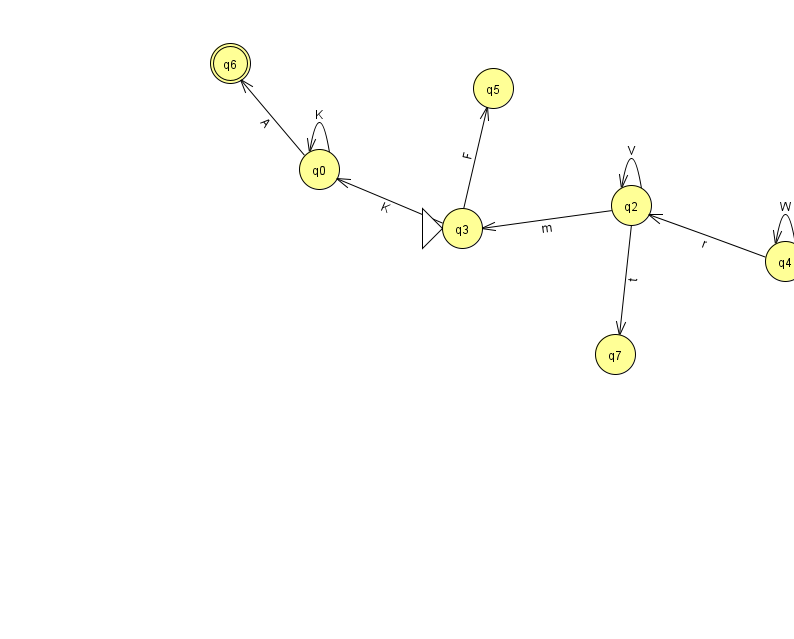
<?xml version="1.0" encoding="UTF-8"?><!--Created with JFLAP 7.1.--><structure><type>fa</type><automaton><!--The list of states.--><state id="0" name="q0"><x>319.0</x><y>156.0</y></state><state id="1" name="q1"><x>911.0</x><y>195.0</y></state><state id="2" name="q2"><x>631.0</x><y>192.0</y></state><state id="3" name="q3"><x>462.0</x><y>215.0</y><initial/></state><state id="4" name="q4"><x>785.0</x><y>248.0</y></state><state id="5" name="q5"><x>493.0</x><y>75.0</y></state><state id="6" name="q6"><x>230.0</x><y>50.0</y><final/></state><state id="7" name="q7"><x>615.0</x><y>341.0</y></state><!--The list of transitions.--><transition><from>1</from><to>4</to><read>R</read></transition><transition><from>2</from><to>2</to><read>V</read></transition><transition><from>3</from><to>5</to><read>F</read></transition><transition><from>4</from><to>1</to><read>a</read></transition><transition><from>4</from><to>2</to><read>r</read></transition><transition><from>4</from><to>4</to><read>W</read></transition><transition><from>2</from><to>7</to><read>t</read></transition><transition><from>2</from><to>3</to><read>m</read></transition><transition><from>3</from><to>0</to><read>K</read></transition><transition><from>0</from><to>0</to><read>K</read></transition><transition><from>0</from><to>6</to><read>A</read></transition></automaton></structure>